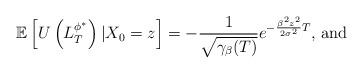
LaTeX: \begin{align*}\mathbb{E}\left[U\left(L_T^{{\phi}^*}\right)|X_0=z\right]=-\frac{1}{\sqrt{\gamma_\beta(T)}}e^{-\frac{\beta^2z^2}{2\sigma^2}T} \textrm{, and}\end{align*}